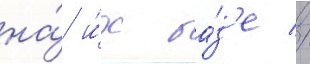
на́ и́х ба́з'е //